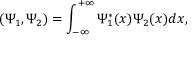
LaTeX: ( \Psi _ { 1 } , \Psi _ { 2 } ) = \int _ { - \infty } ^ { + \infty } \Psi _ { 1 } ^ { * } ( x ) \Psi _ { 2 } ( x ) d x ,